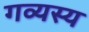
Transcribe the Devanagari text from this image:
गव्यस्य